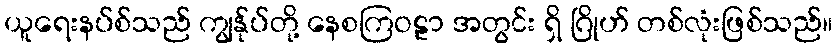
ယူရေးနပ်စ်သည် ကျွန်ုပ်တို့ နေစကြဝဠာ အတွင်း ရှိ ဂြိုဟ် တစ်လုံးဖြစ်သည်။